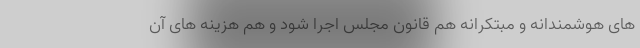
های هوشمندانه و مبتکرانه هم قانون مجلس اجرا شود و هم هزینه های آن